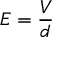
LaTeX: E = { \frac { V } { d } }